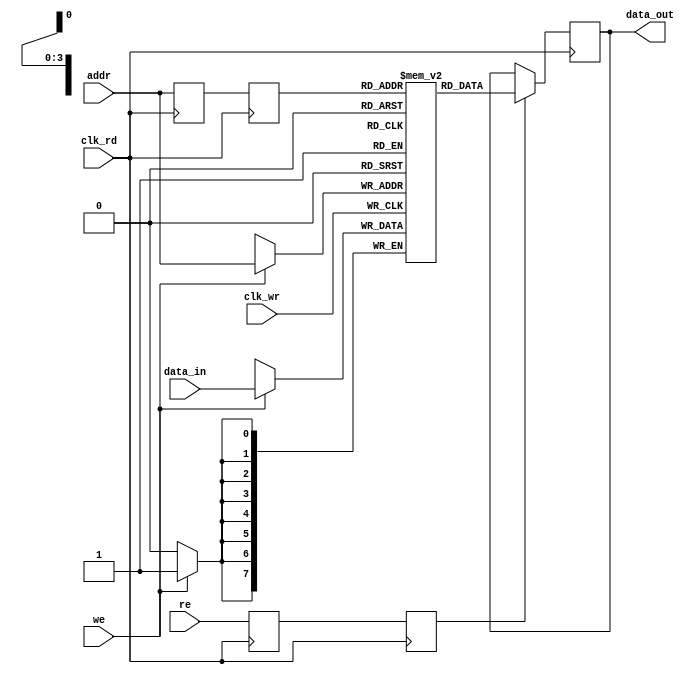
module memory_block #(
    parameter DATA_WIDTH = 8,  // Width of the data bus
    parameter ADDR_WIDTH = 4,  // Width of the address bus
    parameter DEPTH = 1 << ADDR_WIDTH, // Depth of the memory
    parameter DELAY_STAGES = 2  // Number of delay stages in the safe delay line
)(
    input wire clk_wr,          // Write clock
    input wire clk_rd,          // Read clock
    input wire [DATA_WIDTH-1:0] data_in, // Data input
    input wire [ADDR_WIDTH-1:0] addr,     // Address input
    input wire we,              // Write enable
    input wire re,              // Read enable
    output reg [DATA_WIDTH-1:0] data_out   // Data output
);

    // Memory array
    reg [DATA_WIDTH-1:0] mem [0:DEPTH-1];

    // Safe delay line for read address and control signals
    reg [ADDR_WIDTH-1:0] addr_delayed [0:DELAY_STAGES-1];
    reg re_delayed [0:DELAY_STAGES-1];

    // Write operation
    always @(posedge clk_wr) begin
        if (we) begin
            mem[addr] <= data_in; // Store data in memory
        end
    end

    // Delay line for synchronization
    integer i;
    always @(posedge clk_rd) begin
        // Shift the delayed signals
        addr_delayed[0] <= addr;
        re_delayed[0] <= re;
        for (i = 1; i < DELAY_STAGES; i = i + 1) begin
            addr_delayed[i] <= addr_delayed[i-1];
            re_delayed[i] <= re_delayed[i-1];
        end
    end

    // Read operation
    always @(posedge clk_rd) begin
        if (re_delayed[DELAY_STAGES-1]) begin
            data_out <= mem[addr_delayed[DELAY_STAGES-1]]; // Output data from memory
        end
    end

endmodule